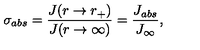
\sigma _ { a b s } = \frac { J ( r \rightarrow r _ { + } ) } { J ( r \rightarrow \infty ) } = \frac { J _ { a b s } } { J _ { \infty } } ,